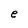
Character: e